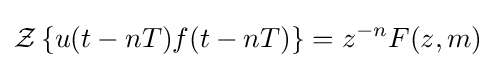
{\mathcal {Z}}\left\{u(t-nT)f(t-nT)\right\}=z^{-n}F(z,m)